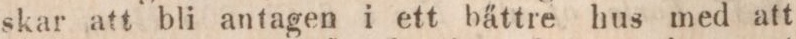
skar att bli antagen i ett bättre hus med att